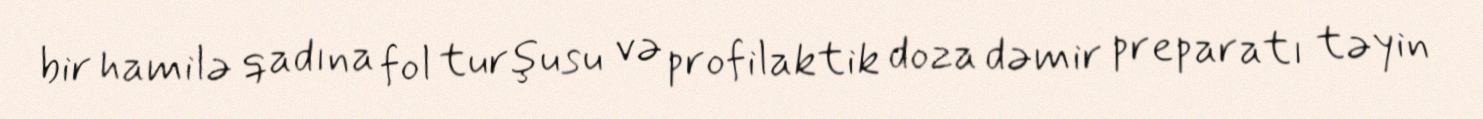
bir hamilə qadına fol turşusu və profilaktik doza dəmir preparatı təyin